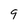
Character: q